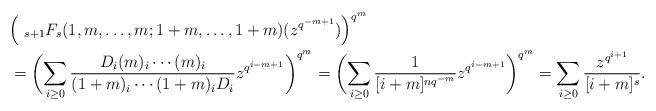
LaTeX: \begin{align*}&\Bigl(~_{s+1}F_s(1, m, \ldots, m; 1+m, \ldots, 1+m)(z^{q^{-m+1}})\Bigr)^{q^m}\\&=\biggl(\sum_{i\geq 0}\frac{D_i(m)_i\cdots(m)_i}{(1+m)_i\cdots(1+m)_iD_i}z^{q^{i-m+1}}\biggr)^{q^m}=\biggl(\sum_{i\geq 0}\frac{1}{[i+m]^{nq^{-m}}}z^{q^{i-m+1}}\biggr)^{q^m}=\sum_{i\geq 0}\frac{z^{q^{i+1}}}{[i+m]^{s}}.\end{align*}